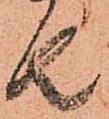
者